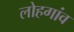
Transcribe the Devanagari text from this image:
लोहगांव